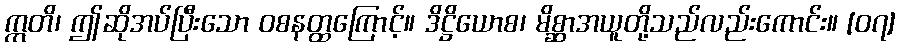
ဣတိ၊ ဤဆိုအပ်ပြီးသော ဝစနတ္ထကြောင့်။ ဒိဋ္ဌိယောစ၊ မိစ္ဆာအယူတို့သည်လည်းကောင်း။ [၀၇]